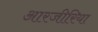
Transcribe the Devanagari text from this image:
आरजीरिया